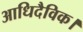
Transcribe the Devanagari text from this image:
आधिदैविक।